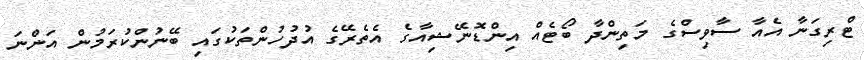
ޓްރިގަނާ އެއާ ސާވިސްގެ މަތިންދާ ބޯޓެއް އިންޑޮނޭޝިއާގެ އެތެރޭގެ އުދުހުންތަކުގައި ބޭނުންކުރަމުން އަންނަ